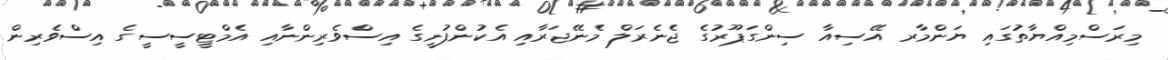
މިރަސްމިއްޔާތުގައި ޔަންމާރ އޭސިއާ ސިންގަޕޫރުގެ ޖެނެރަލް މެނޭޖަރާއި އެކުންފުނީގެ އިސްވެރިންނާއި އެމްޓީސީސީގެ އިސްވެރިން